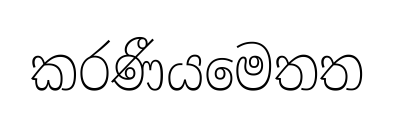
කරණීයමෙතත